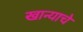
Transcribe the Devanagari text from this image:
खान्याचे